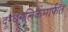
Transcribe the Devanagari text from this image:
दूग्धनलिकेमार्फत